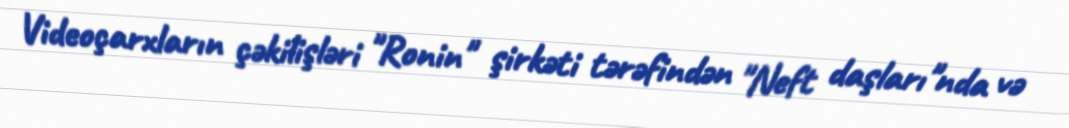
Videoçarxların çəkilişləri "Ronin" şirkəti tərəfindən "Neft daşları"nda və